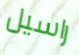
راسيل